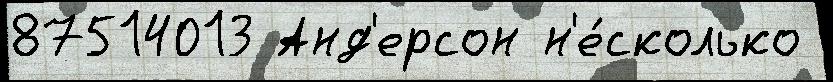
87514013 Анд'ерсон н'е́сколько